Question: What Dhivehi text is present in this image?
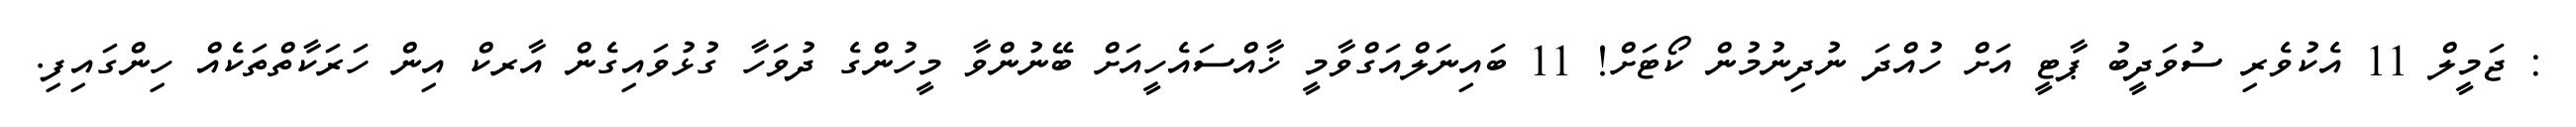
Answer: : ޖަމީލް 11 އެކުވެރި ސުވަދީބު ޕާޓީ އަށް ހުއްދަ ނުދިނުމުން ކޯޓަށް! 11 ބައިނަލްއަގްވާމީ ޚާއްސައެހީއަށް ބޭނުންވާ މީހުންގެ ދުވަހާ ގުޅުވައިގެން އާރކް އިން ހަރަކާތްތަކެއް ހިންގައިފި.